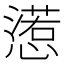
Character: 𢢉